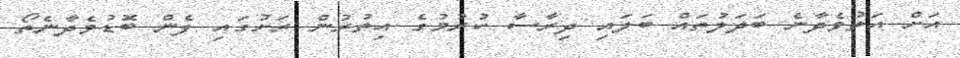
އަށް އަތުވެދާނެ ބަދަލުތައް ބަލައި ދިރާސާ ކުރުމުގެ އިތުރުން ރަށުގައި ފެން ބޮޑުވެދާނެތޯ